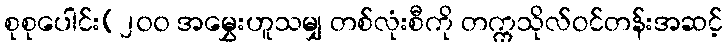
စုစုပေါင်း(၂၀၀ အမွှေးဟူသမျှ တစ်လုံးစီကို တက္ကသိုလ်ဝင်တန်းအဆင့်